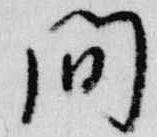
間